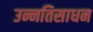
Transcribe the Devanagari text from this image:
उन्नतिसाधन